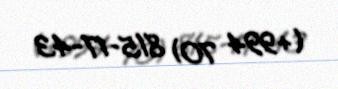
(+994 70) 815-17-43